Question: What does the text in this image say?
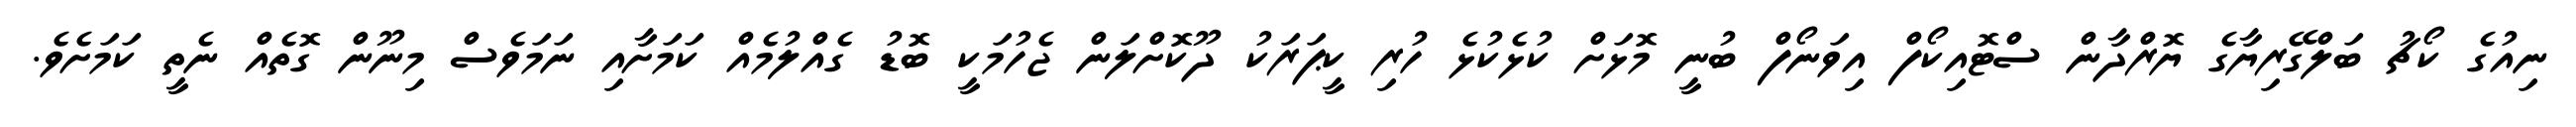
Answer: ނިއުގެ ކޯޗު ބަލްގޭރިޔާގެ ޔޮރްދާން ސްޓޮއިކޯފް އިވަނޯފް ބުނީ މޮޅަށް ކުޅެކުޅެ ހުރި ކީޕަރަކު ދޫކޮށްލަން ޖެހުމަކީ ބޮޑު ގެއްލުމެއް ކަމަށާއި ނަމަވެސް މިނޫން ގޮތެއް ނެތީ ކަމަށެވެ.